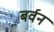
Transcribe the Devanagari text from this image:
बर्वन